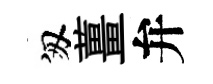
匆薑弁